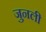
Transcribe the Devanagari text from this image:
जुनली